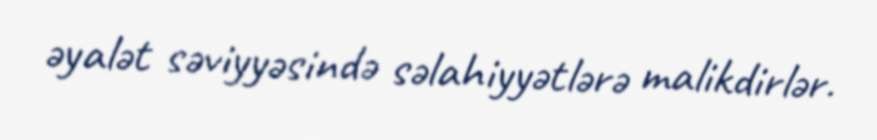
əyalət səviyyəsində səlahiyyətlərə malikdirlər.